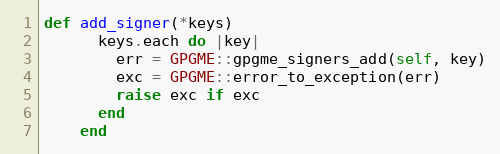
Language: Ruby
def add_signer(*keys)
      keys.each do |key|
        err = GPGME::gpgme_signers_add(self, key)
        exc = GPGME::error_to_exception(err)
        raise exc if exc
      end
    end